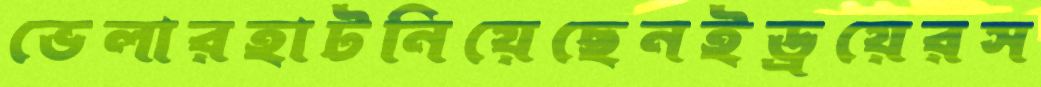
ভেলারহাটনিয়েছেনইড্রয়েরস